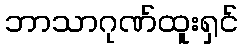
ဘာသာဂုဏ်ထူးရှင်